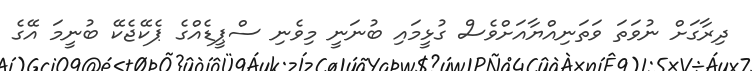
ދިރާގަށް ނުވަތަ ވަތަނިއްޔާއަށްވެސް ގުޅީމައި ބުނަނީ މިވެނި ސްޕީޑެއްގެ ޕެކޭޖެކޭ ބުނީމަ އޭގެ